Leaving Certificate Examination, 1914
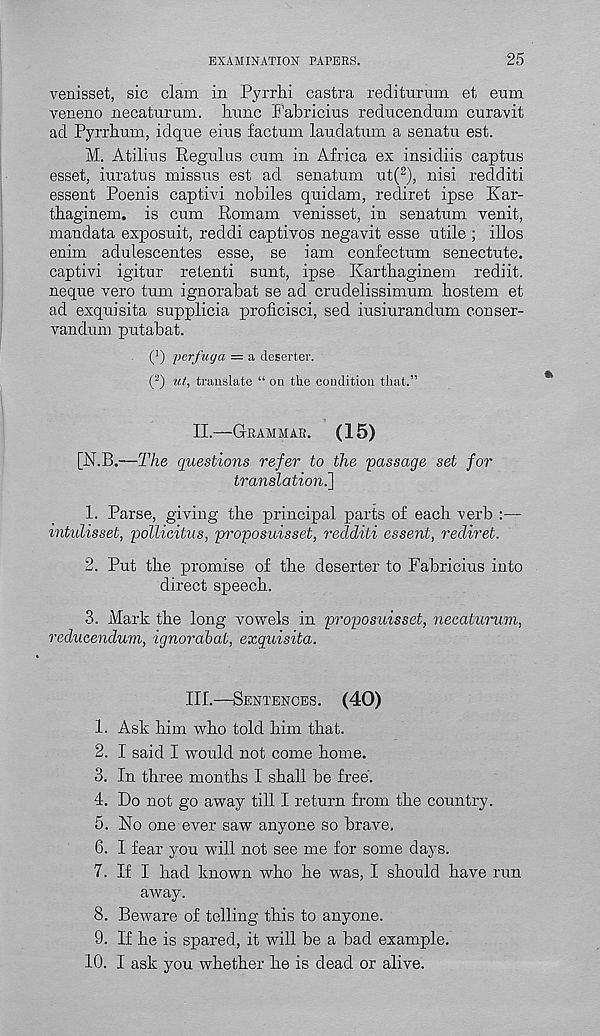
EXAMINATION PAPERS.
25
venisset, sic clam in Pyrrhi castra rediturum et eum
veneno necaturum. Imnc Fabricius reducendum curavit
ad Pyrrbum, idqne eins factum laudatum a senatu est.
M. Atilius Regulus cum in Africa ex insidiis captus
esset, iuratus missus est ad senatum ut( 2 ), nisi redditi
essent Poenis captivi nobiles quidam, rediret ipse Kar-
tbaginem. is cum Romam venisset, in senatum venit,
mandata exposuit, reddi captivos negavit esse utile ; illos
enim adulescentes esse, se iam confectum senectute.
captivi igitur retenti sunt, ipse Kartbaginem rediit.
neque vero turn ignorabat se ad crudelissimum hostem et
ad exquisita supplicia proficisci, sed iusiurandum conser-
vandum putabat.
0 perfuga = a deserter.
( 2 ) ut, translate “ on the condition that.”
II.—GRAMMAR. (15)
[N.B.—The questions refer to the 'passage set for
translation.]
1. Parse, giving the principal parts of each verb :—
mtulisset, pollicitus, pi'oposuisset, redditi essent, rediret.
2. Put the promise of the deserter to Fabricius into
direct speech.
3. Mark the long vowels in proposuisset, necaturum,
reducendum, ignorabat, exquisita.
III.—SENTENCES. (40)
1. Ask him who told him that.
2. I said I would not come home.
3. In three months 1 shall be free.
4. Do not go away till I return from the country.
5. No one ever saw anyone so brave.
6. I fear you will not see me for some days.
7. If I had known who he was, I should have run
away.
8. Beware of telling this to anyone.
9. If he is spared, it will be a bad example.
10.
1 ask you whether he is dead or a